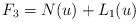
LaTeX: \begin{align*}F_{3} = N(u)+L_{1}(u)\end{align*}